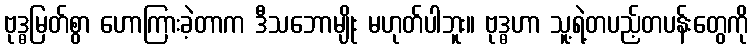
ဗုဒ္ဓမြတ်စွာ ဟောကြားခဲ့တာက ဒီသဘောမျိုး မဟုတ်ပါဘူး။ ဗုဒ္ဓဟာ သူ့ရဲ့တပည့်တပန်းတွေကို